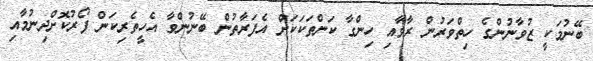
ބޭނުމަކީ ޒުވާނުންގެ ހިތްވަރުން ރާވާއި ހިންގާ ކަންތަކަކަށް އެފަރާތުން ބޭނުންވާ އެހީތެރިކަން ފޯރުކޮށްދިނުމާއި